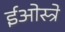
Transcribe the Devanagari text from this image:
ईओस्त्रे